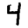
Digit: 4